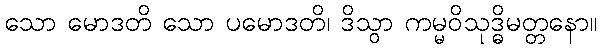
သော မောဒတိ သော ပမောဒတိ၊ ဒိသွာ ကမ္မဝိသုဒ္ဓိမတ္တနော။